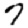
Digit: 7